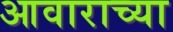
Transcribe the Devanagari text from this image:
आवाराच्या